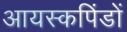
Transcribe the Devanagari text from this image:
आयस्कपिंडों